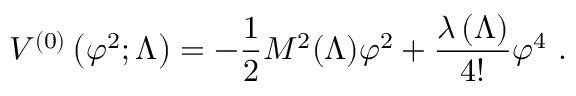
V ^ { ( 0 ) } \left( \varphi ^ { 2 } ; \Lambda \right) = - \frac { 1 } { 2 } M ^ { 2 } ( \Lambda ) \varphi ^ { 2 } + \frac { \lambda \left( \Lambda \right) } { 4 ! } \varphi ^ { 4 } \ .